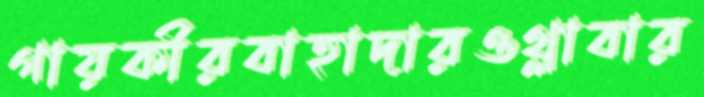
গায়কীরবাহাদারওথ্‌লাবার